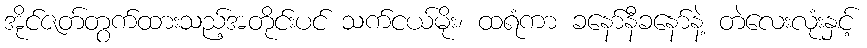
အိုင်ဇတ်တွက်ထားသည့်အတိုင်းပင် သက်ငယ်မိုး၊ ထရံကာ ခနော်နီခနော်နဲ့ တဲလေးလုံးနှင့်